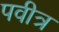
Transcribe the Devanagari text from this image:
पवीत्र